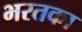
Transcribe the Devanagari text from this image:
भरतका